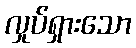
လှုပ်ရှားသော